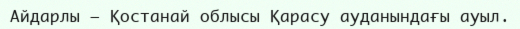
Айдарлы – Қостанай облысы Қарасу ауданындағы ауыл.